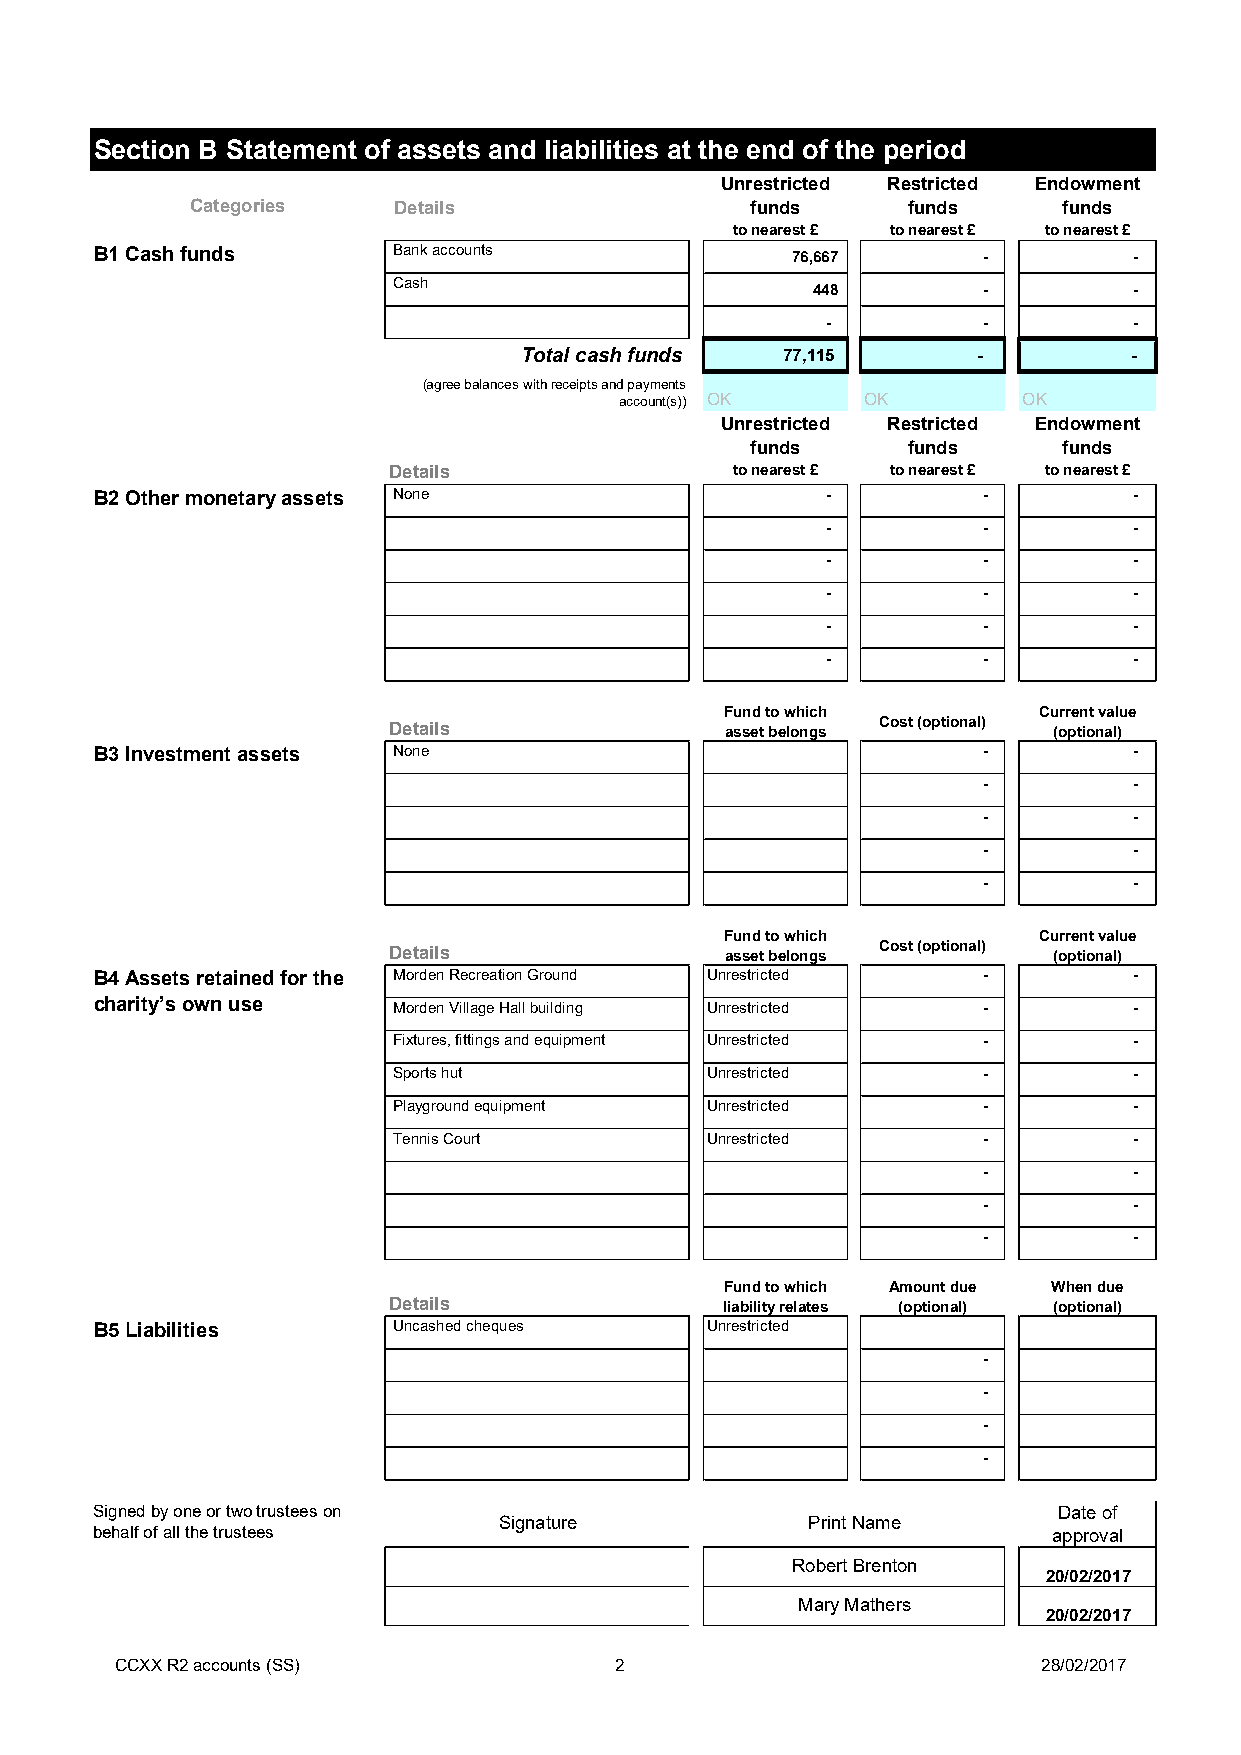
Section B Statement of assets and liabilities at the end of the period
 Unrestricted Restricted Endowment
 Categories   Details                 funds     funds     funds
 to nearest £ to nearest £ to nearest £
 B1 Cash funds       Bank accounts             76,667       -         -
 Cash
 448        -         -
 -         -         -
 Total cash funds  77,115       -         -
 (agree balances with receipts and payments
 account(s)) OK  OK         OK
 Unrestricted Restricted Endowment
 funds     funds     funds
 Details               to nearest £ to nearest £ to nearest £
 B2 Other monetary assets None                    -         -         -
 -         -         -
 -         -         -
 -         -         -
 -         -         -
 -         -         -
 Fund to which        Current value
 Details               asset belongs Cost (optional) (optional)
 B3 Investment assets None                                  -         -
 -         -
 -         -
 -         -
 -         -
 Fund to which        Current value
 Details               asset belongs Cost (optional) (optional)
 B4 Assets retained for the Morden Recreation Ground Unrestricted -   -
 charity’s own use   Morden Village Hall building Unrestricted -      -
 Fixtures, fittings and equipment Unrestricted -  -
 Sports hut           Unrestricted      -         -
 Playground equipment Unrestricted      -         -
 Tennis Court         Unrestricted      -         -
 -         -
 -         -
 -         -
 Fund to which Amount due When due
 Details               liability relates (optional) (optional)
 B5 Liabilities      Uncashed cheques     Unrestricted
 -
 -
 -
 -
 Signed by one or two trustees on                                Date of
 Signature           Print Name
 behalf of all the trustees                                      approval
 Robert Brenton
 20/02/2017
 Mary Mathers
 20/02/2017
 CCXX R2 accounts (SS)            2                           28/02/2017